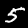
Label: 5